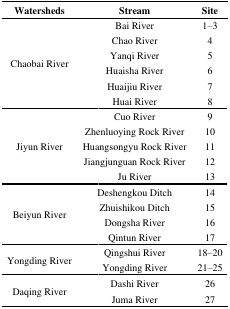
<table><thead><tr><td><b>Watersheds</b></td><td><b>Stream</b></td><td><b>Site</b></td></tr></thead><tbody><tr><td rowspan="6">Chaobai River</td><td>Bai River</td><td>1–3</td></tr><tr><td>Chao River</td><td>4</td></tr><tr><td>Yanqi River</td><td>5</td></tr><tr><td>Huaisha River</td><td>6</td></tr><tr><td>Huaijiu River</td><td>7</td></tr><tr><td>Huai River</td><td>8</td></tr><tr><td rowspan="5">Jiyun River</td><td>Cuo River</td><td>9</td></tr><tr><td>Zhenluoying Rock River</td><td>10</td></tr><tr><td>Huangsongyu Rock River</td><td>11</td></tr><tr><td>Jiangjunguan Rock River</td><td>12</td></tr><tr><td>Ju River</td><td>13</td></tr><tr><td rowspan="4">Beiyun River</td><td>Deshengkou Ditch</td><td>14</td></tr><tr><td>Zhuishikou Ditch</td><td>15</td></tr><tr><td>Dongsha River</td><td>16</td></tr><tr><td>Qintun River</td><td>17</td></tr><tr><td rowspan="2">Yongding River</td><td>Qingshui River</td><td>18–20</td></tr><tr><td>Yongding River</td><td>21–25</td></tr><tr><td rowspan="2">Daqing River</td><td>Dashi River</td><td>26</td></tr><tr><td>Juma River</td><td>27</td></tr></tbody></table>